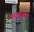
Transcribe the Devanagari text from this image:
बरवाअद्दा